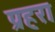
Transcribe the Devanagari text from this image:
प्रहरा